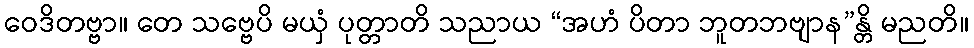
ဝေဒိတဗ္ဗာ။ တေ သဗ္ဗေပိ မယှံ ပုတ္တာတိ သညာယ “အဟံ ပိတာ ဘူတဘဗျာန”န္တိ မညတိ။